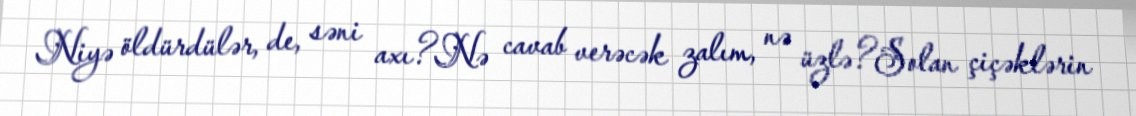
Niyə öldürdülər, de, səni axı?Nə cavab verəcək zalım, nə üzlə?Solan çiçəklərin